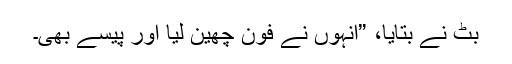
بٹ نے بتایا، ”انہوں نے فون چھین لیا اور پیسے بھی۔